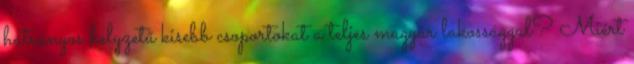
hátrányos helyzetű kisebb csoportokat a teljes magyar lakossággal? Miért